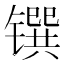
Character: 𰾼